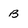
Character: B